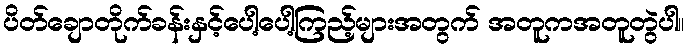
ပိတ်ချောတိုက်ခန်းနှင့်ပေါ့ပေါ့ကြည့်များအတွက် အတူကအတူတွဲပါ။